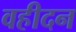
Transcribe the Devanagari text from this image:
वहीदन